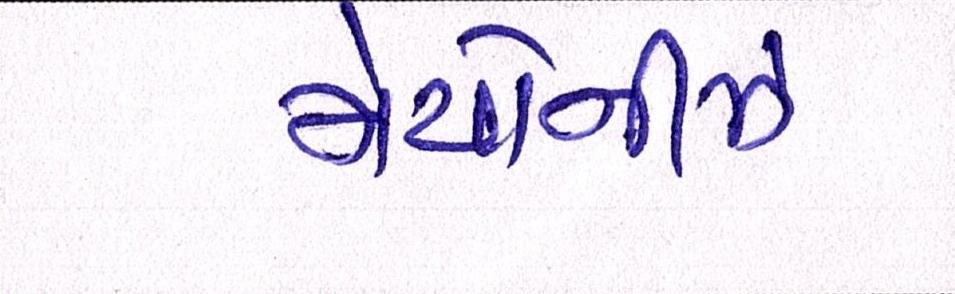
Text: મેયોનીઝ